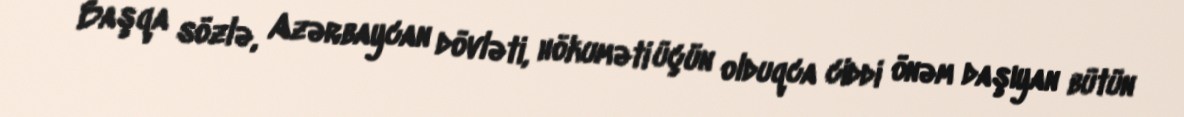
Başqa sözlə, Azərbaycan dövləti, hökuməti üçün olduqca ciddi önəm daşıyan bütün